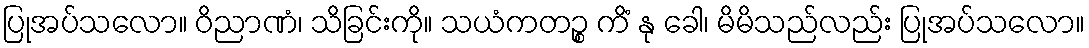
ပြုအပ်သလော။ ဝိညာဏံ၊ သိခြင်းကို။ သယံကတဉ္စ ကိံ နု ခေါ၊ မိမိသည်လည်း ပြုအပ်သလော။